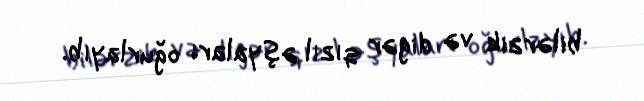
bilərzik və digər qızıl əşyaları oğurlayıb.